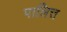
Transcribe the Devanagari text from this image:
पालित्त